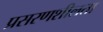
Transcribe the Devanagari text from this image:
प्रसरणशीलता